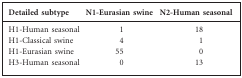
| Detailed subtype | N1-Eurasian swine | N2-Human seasonal |
 | --- | --- | --- |
 | H1-Human seasonal | 1 | 18 |
 | H1-Classical swine | 4 | 1 |
 | H1-Eurasian swine | 55 | 0 |
 | H3-Human seasonal | 0 | 13 |